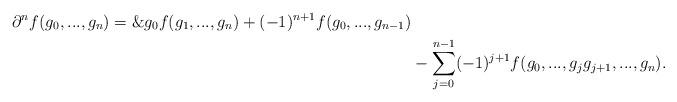
LaTeX: \begin{align*}\partial^n f(g_0,...,g_n)=\&g_0f(g_1,...,g_n)+(-1)^{n+1}f(g_0,...,g_{n-1})\\&-\sum_{j=0}^{n-1} (-1)^{j+1} f(g_0,...,g_jg_{j+1},...,g_n).\end{align*}